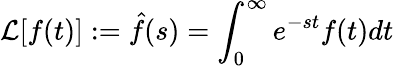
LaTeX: \mathcal{L}[f(t)]:=\hat{f}(s)=\int_{0}^{\infty}e^{-st}f(t)dt